Lunatic asylums Central Provinces reports 1874-1885 - 1874-1885
Year: 1874
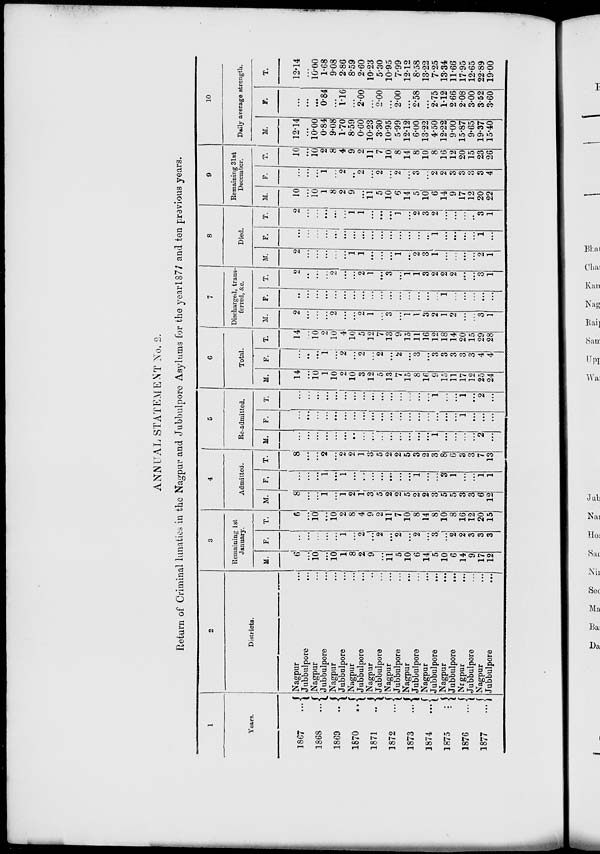
ANNUAL STATEMENT No. 2.
Return of Criminal lunatics in the Nagpur and Jubbulpore Asylums for the year 1877 and ten previous years.
1
Years.
1867
...
1868
...
1869
..
1870
..
1871
..
1872
...
1873
...
1874
...
1875
...
1876
...
1877
...
2
Districts.
Nagpur ...
Jubbulpore ...
Nagpur ...
Jubbulpore ...
Nagpur ...
Jubbulpore ...
Nagpur ...
Jubbulpore ...
Nagpur ...
Jubbulpore ...
Nagpur ...
Jubbulpore ...
Nagpur ...
Jubbulpore ...
Nagpur ...
Jubbulpore
...
Nagpur ...
Jubbulpore
...
Nagpur ...
Jubbulpore ...
Nagpur ...
Jubbulpore
...
3
Remaining 1st
January.
M.
6
...
10
...
10
1
8
2
9
...
11
5
10
6
14
5
10
6
14
9
17
12
F.
...
...
...
...
...
1
...
2
...
2
...
2
...
2
...
3
...
2
2
3
3
3
T.
6
...
10
...
10
2
8
4
9
2
11
7
10
8
14
8
10
8
16
12
20
15
4
Admitted.
M.
8
...
...
1
...
1
2
1
3
5
2
2
5
2
2
3
5
5
3
3
6
12
F.
...
...
...
1
...
1
...
...
...
...
...
...
...
1
...
...
3
1
...
...
1
1
T.
8
...
...
2
...
2
2
1
3
5
2
2
5
3
2
3
8
6
3
3
7
13
5
Re-admitted.
M.
...
...
...
...
...
...
...
...
...
...
...
...
...
...
...
1
...
...
...
...
2
...
F.
...
...
...
...
...
...
...
...
...
...
...
...
...
...
...
...
...
...
1
...
...
...
T.
...
...
...
...
...
...
...
...
...
...
...
...
...
...
...
1
...
...
1
...
2
...
6
Total.
M.
14
...
10
1
10
2
10
3
12
5
13
7
15
8
16
9
15
11
17
12
25
24
F.
...
...
...
1
...
2
...
2
...
2
...
2
...
3
...
3
3
3
3
3
4
4
T.
14
...
10
2
10
4
10
5
12
7
13
9
15
11
16
12
18
14
20
15
29
28
7
Discharged, trans-
ferred, &c.
M.
2
...
...
...
2
...
...
2
1
...
3
...
1
1
3
2
1
2
...
...
3
1
F.
...
...
...
...
...
...
...
...
...
...
...
...
...
...
...
...
1
...
...
...
...
..
T.
2
...
...
...
2
...
...
2
1
...
3
...
1
1
3
2
2
2
...
...
3
1
8
Died.
M.
2
...
...
...
...
...
1
1
...
...
...
1
...
2
3
1
...
...
...
...
2
1
F.
...
...
...
...
...
...
...
...
...
...
...
...
...
...
...
1
...
...
...
...
1
...
T.
2
...
...
...
...
...
1
1
...
...
...
1
...
2
3
2
...
...
...
...
3
1
9
Remaining 31st
December.
M.
10
...
10
1
8
2
9
...
11
5
10
6
14
5
10
6
14
9
17
12
20
22
F.
...
...
...
1
...
2
...
2
...
2
...
2
...
3
...
2
2
3
3
3
3
4
T.
10
...
10
2
8
4
9
2
11
7
10
8
14
8
10
8
16
12
20
15
23
26
10
Daily average strength.
M.
12.14
...
10.00
0.84
9.08
1.70
8.59
0.60
10.23
3.30
10.95
5.99
12.12
6.00
13.22
4.50
12.22
9.00
15.87
9.65
19.37
15.40
F.
...
...
...
0.84
...
1.16
...
2.00
...
2.00
...
2.00
...
2.58
...
2.75
1.12
2.66
2.08
3.00
3.52
3.60
T.
12.14
...
10.00
1.68
9.08
2.86
8.59
2.60
10.23
5.30
10.95
7.99
12.12
8.58
13.22
7.25
13.34
11.66
17.95
12.65
22.89
19.00